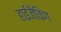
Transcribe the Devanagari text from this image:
हाईजैकिंग